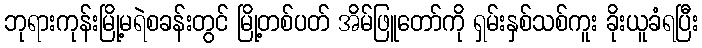
ဘုရားကုန်းမြို့မရဲစခန်းတွင် မြို့တစ်ပတ် အိမ်ဖြူတော်ကို ရှမ်းနှစ်သစ်ကူး ခိုးယူခံရပြီး